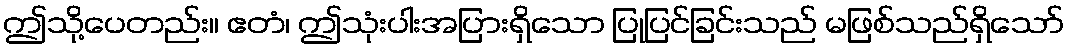
ဤသို့ပေတည်း။ ဧတံ၊ ဤသုံးပါးအပြားရှိသော ပြုပြင်ခြင်းသည် မဖြစ်သည်ရှိသော်